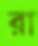
রা